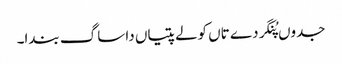
جدوں پُنگردے تاں کولے پتیاں دا ساگ بندا۔